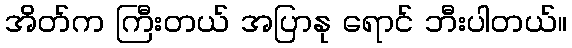
အိတ်က ကြီးတယ် အပြာနု ရောင် ဘီးပါတယ်။